Civil Veterinary Department Bihar & Orissa reports 1929-36 - 1929-1936
Year: 1929
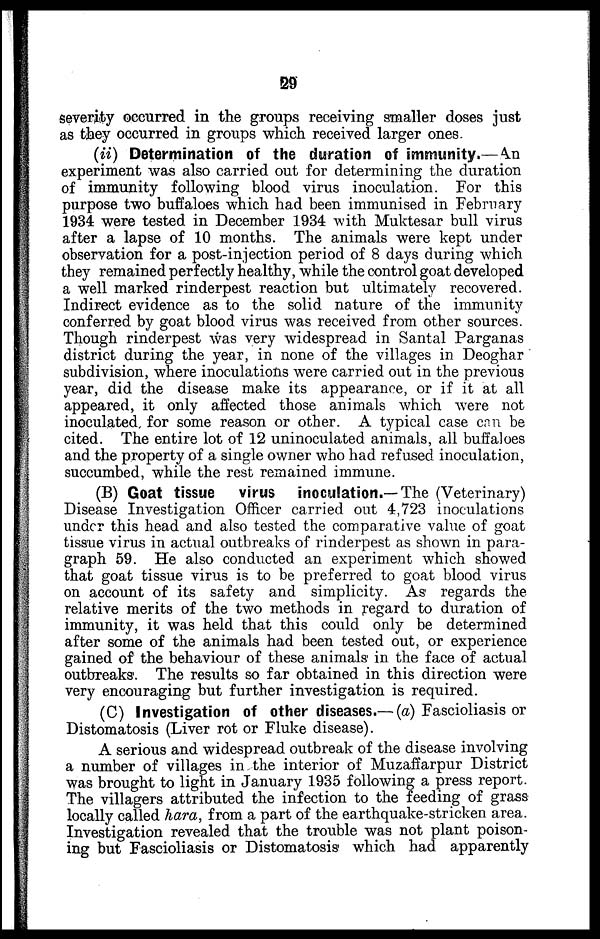
29
severity occurred in the groups receiving smaller doses just
as they occurred in groups which received larger ones.
(ii) Determination of the duration of immunity.— An
experiment was also carried out for determining the duration
of immunity following blood virus inoculation. For this
purpose two buffaloes which had been immunised in February
1934 were tested in December 1934 with Muktesar bull virus
after a lapse of 10 months. The animals were kept under
observation for a post-injection period of 8 days during which
they remained perfectly healthy, while the control goat developed
a well marked rinderpest reaction but ultimately recovered.
Indirect evidence as to the solid nature of the immunity
conferred by goat blood virus was received from other sources.
Though rinderpest was very widespread in Santal Parganas
district during the year, in none of the villages in Deoghar
subdivision, where inoculations were carried out in the previous
year, did the disease make its appearance, or if it at all
appeared, it only affected those animals which were not
inoculated for some reason or other. A typical case can be
cited. The entire lot of 12 uninoculated animals, all buffaloes
and the property of a single owner who had refused inoculation,
succumbed, while the rest remained immune.
(B) Goat tissue virus inoculation.—The (Veterinary)
Disease Investigation Officer carried out 4,723 inoculations
under this head and also tested the comparative value of goat
tissue virus in actual outbreaks of rinderpest as shown in para-
graph 59. He also conducted an experiment which showed
that goat tissue virus is to be preferred to goat blood virus
on account of its safety and simplicity. As regards the
relative merits of the two methods in regard to duration of
immunity, it was held that this could only be determined
after some of the animals had been tested out, or experience
gained of the behaviour of these animals in the face of actual
outbreaks. The results so far obtained in this direction were
very encouraging but further investigation is required.
(C) Investigation of other diseases.— (a) Fascioliasis or
Distomatosis (Liver rot or Fluke disease).
A serious and widespread outbreak of the disease involving
a number of villages in the interior of Muzaffarpur District
was brought to light in January 1935 following a press report.
The villagers attributed the infection to the feeding of grass
locally called hara, from a part of the earthquake-stricken area.
Investigation revealed that the trouble was not plant poison-
ing but Fascioliasis or Distomatosis which had apparently